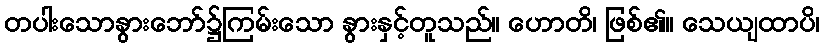
တပါးသောနွားဘော်၌ကြမ်းသော နွားနှင့်တူသည်။ ဟောတိ၊ ဖြစ်၏။ သေယျထာပိ၊